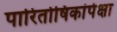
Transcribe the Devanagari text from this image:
पारितोषिकांपेक्षा